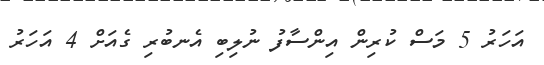
އަހަރު 5 މަސް ކުރިން އިންސާފު ނުލިބި އެނބުރި ގެއަށް 4 އަހަރު